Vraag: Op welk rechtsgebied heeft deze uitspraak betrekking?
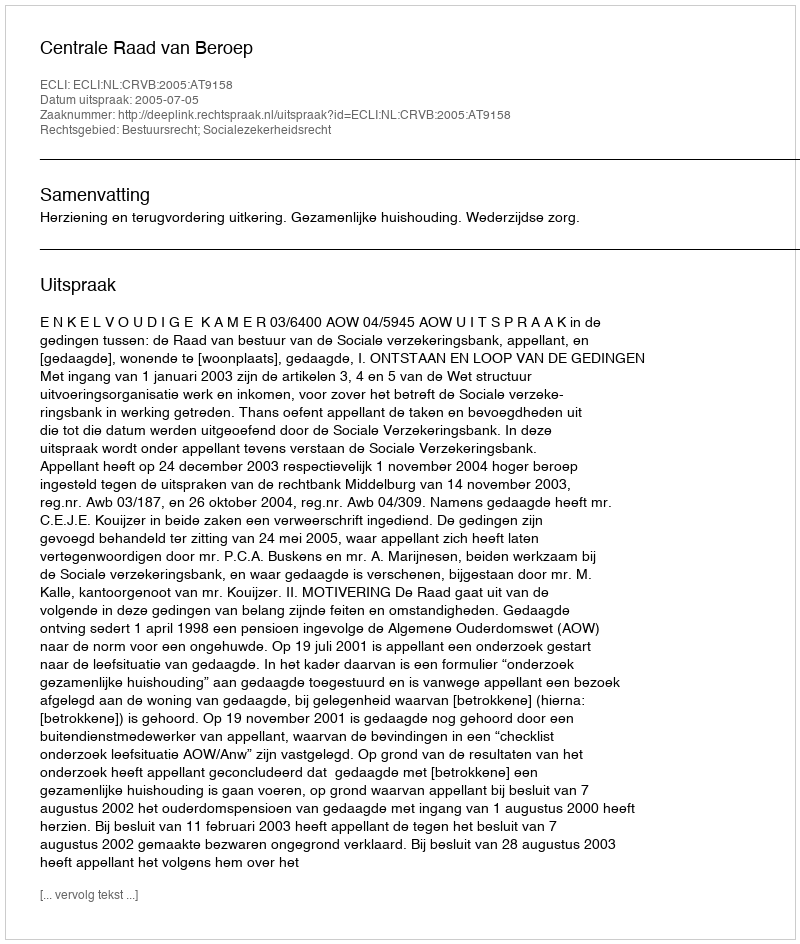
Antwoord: Bestuursrecht; Socialezekerheidsrecht